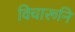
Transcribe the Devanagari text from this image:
विचारूनि